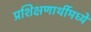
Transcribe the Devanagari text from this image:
प्रशिक्षणार्थीमध्ये